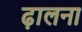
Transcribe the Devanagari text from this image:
ढ़ालना